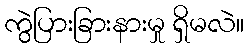
ကွဲပြားခြားနားမှု ရှိမလဲ။